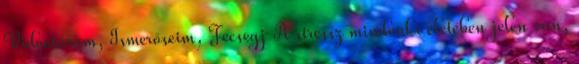
Videótáram, Ismerőseim, Fecsegj A stressz mindenki életében jelen van,